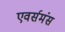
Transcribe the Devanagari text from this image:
एवर्समंस